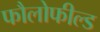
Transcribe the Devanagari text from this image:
फौलोफील्ड